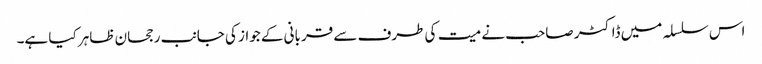
اس سلسلہ میں ڈاکٹر صاحب نے میت کی طرف سے قربانی کے جواز کی جانب رجحان ظاہر کیا ہے۔